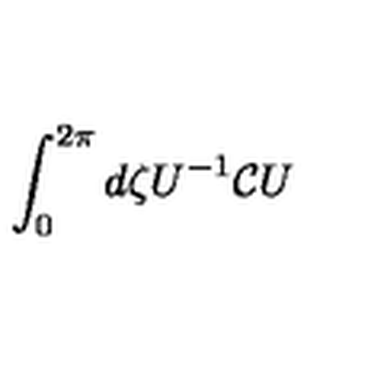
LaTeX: \int _ { 0 } ^ { 2 \pi } d \zeta U ^ { - 1 } { \cal C } U